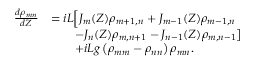
\begin{array} { r l } { \frac { d \rho _ { m n } } { d Z } } & { = i L \Big [ J _ { m } ( Z ) \rho _ { m + 1 , n } + J _ { m - 1 } ( Z ) \rho _ { m - 1 , n } } \\ & { \qquad - J _ { n } ( Z ) \rho _ { m , n + 1 } - J _ { n - 1 } ( Z ) \rho _ { m , n - 1 } \big ] } \\ & { \qquad + i L g \left( \rho _ { m m } - \rho _ { n n } \right) \rho _ { m n } . } \end{array}